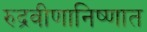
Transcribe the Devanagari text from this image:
रुद्रवीणानिष्णात